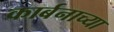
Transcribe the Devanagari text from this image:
कार्बनाच्या